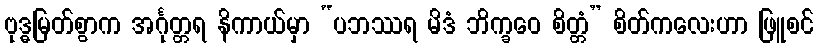
ဗုဒ္ဓမြတ်စွာက အင်္ဂုတ္တရ နိကာယ်မှာ “ပဘဿရ မိဒံ ဘိက္ခဝေ စိတ္တံ” စိတ်ကလေးဟာ ဖြူစင်